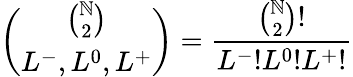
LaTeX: \binom{\binom{\mathbb{N}}{2}}{L^{-},L^{0},L^{+}}=\frac{{\binom{\mathbb{N}}{2}!}}{{L^{-}!L^{0}!L^{+}!}}